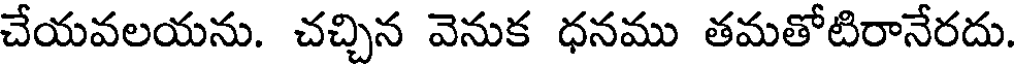
చేయవలయను. చచ్చిన వెనుక ధనము తమతోటిరానేరదు.